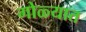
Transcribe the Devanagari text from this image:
गोळ्यात